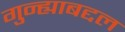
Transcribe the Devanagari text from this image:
गुन्ह्याबद्दल